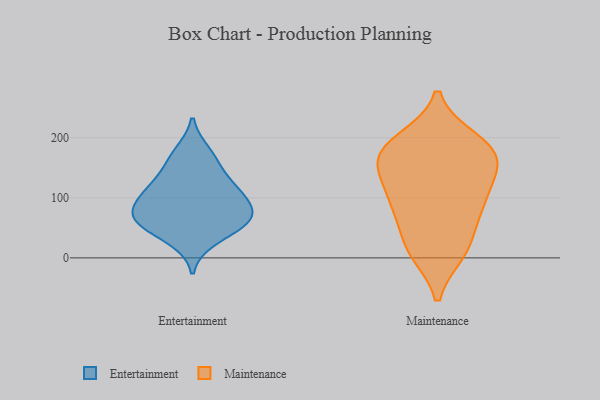
{"axis": {"x": "Latency (ms)", "y": "Value"}, "legend": ["Entertainment", "Maintenance"], "data": [{"x": "", "y": 92, "type": "Entertainment"}, {"x": "", "y": 111, "type": "Entertainment"}, {"x": "", "y": 176, "type": "Entertainment"}, {"x": "", "y": 81, "type": "Entertainment"}, {"x": "", "y": 58, "type": "Entertainment"}, {"x": "", "y": 64, "type": "Entertainment"}, {"x": "", "y": 159, "type": "Entertainment"}, {"x": "", "y": 67, "type": "Entertainment"}, {"x": "", "y": 57, "type": "Entertainment"}, {"x": "", "y": 112, "type": "Entertainment"}, {"x": "", "y": 30, "type": "Entertainment"}, {"x": "", "y": 127, "type": "Entertainment"}, {"x": "", "y": 193, "type": "Maintenance"}, {"x": "", "y": 151, "type": "Maintenance"}, {"x": "", "y": 14, "type": "Maintenance"}, {"x": "", "y": 88, "type": "Maintenance"}, {"x": "", "y": 161, "type": "Maintenance"}, {"x": "", "y": 10, "type": "Maintenance"}, {"x": "", "y": 85, "type": "Maintenance"}, {"x": "", "y": 105, "type": "Maintenance"}, {"x": "", "y": 177, "type": "Maintenance"}, {"x": "", "y": 159, "type": "Maintenance"}, {"x": "", "y": 196, "type": "Maintenance"}, {"x": "", "y": 18, "type": "Maintenance"}, {"x": "", "y": 176, "type": "Maintenance"}, {"x": "", "y": 122, "type": "Maintenance"}, {"x": "", "y": 68, "type": "Maintenance"}]}